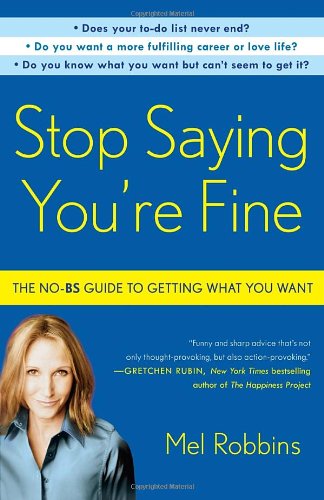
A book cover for Stop Saying You're Fine: The No-BS Guide to Getting What You Want; Mel Robbins; Self-Help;